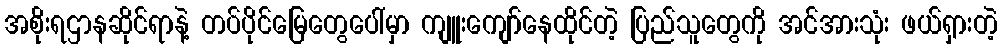
အစိုးရဌာနဆိုင်ရာနဲ့ တပ်ပိုင်မြေတွေပေါ်မှာ ကျူးကျော်နေထိုင်တဲ့ ပြည်သူတွေကို အင်အားသုံး ဖယ်ရှားတဲ့